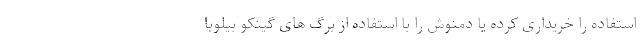
استفاده را خریداری کرده یا دمنوش را با استفاده از برگ های گینکو بیلوبا